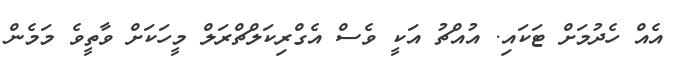
އެއް ހެދުމަށް ޓަކައި. އުއްޗު އަކީ ވެސް އެގްރިކަލްޗްރަލް މީހަކަށް ވާތީވެ މަމެން